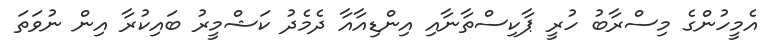
އެމީހުންގެ މިސްރާބު ހުރީ ޕާކިސްތާނާއި އިންޑިއާއާ ދެމެދު ކަޝްމީރު ބައިކުރާ އިން ނުވަތަ